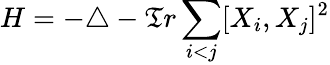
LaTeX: H=-\triangle-\mathfrak{T}r\sum_{i<j}[X_{i},X_{j}]^{2}